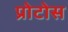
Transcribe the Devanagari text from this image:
प्रोटोस